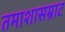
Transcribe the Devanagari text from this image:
तमाशासम्राट